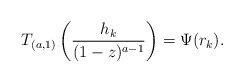
\begin{align*}T_{(a,1)} \left( \frac{h_k}{(1-z)^{a-1}}\right) = \Psi(r_k).\end{align*}